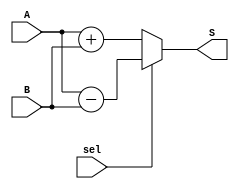
module AdderSubtractor32x32 (
	input  [31:0] A    , // input  [2's complement 32 bits]
	input  [31:0] B    , // input  [2's complement 32 bits]
	input         sel  , // input  [add:sel=0 || sub:sel=1] 
	output [31:0] S      // output [2's complement 32 bits]
);
	// if sel = 0 then add else subtract
	/* write your code here */
/*	wire [31:0] cin;
	 assign cin[0] = sel;
	 genvar i;
	 
	 generate
		 for ( i = 0; i < 31; i = i + 1 )
		 begin : loop
				FA fa(.A(A[i]), .B(B[i]^sel), .cin(cin[i]), .sum(S[i]), .co(cin[i+1]));
		 end
	 endgenerate
	/* write your code here */

		reg [31:0] s2;
		always @(sel or A or B)
		if(sel)
			begin
				s2=A-B;
			end
		else
			begin
				s2=A+B;
			end
		assign S=s2;
endmodule